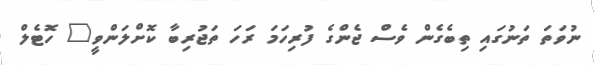
ނުވަތަ ތަނުގައި ތިބެގެން ވެސް ޖެންގެ ފުރިހަމަ ރަހަ ތަޖުރިބާ ކޮށްލަންވީ" ހޮޓެލް